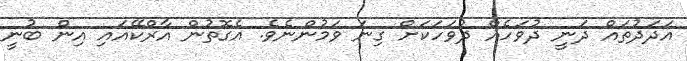
އަދަދުތައް ދަނީ ދުވަހެއް ދުވަހަކަށް ގިނަ ވަމުންނެވެ. އެގޮތުން އާރްކޭއައި އިން ބުނީ